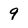
Character: 9